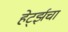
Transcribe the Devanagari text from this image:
हेर्ट्झचा